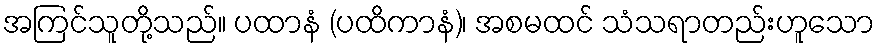
အကြင်သူတို့သည်။ ပထာနံ (ပထိကာနံ)၊ အစမထင် သံသရာတည်းဟူသော